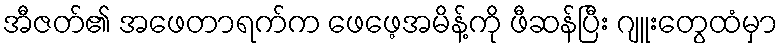
အီဇတ်၏ အဖေတာရက်က ဖေဖေ့အမိန့်ကို ဖီဆန်ပြီး ဂျူးတွေထံမှာ